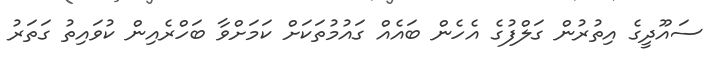
ސައޫދީގެ އިތުރުން ގަލްފުގެ އެހެން ބައެއް ގައުމުތަކަށް ކަމަށްވާ ބަހްރެއިން ކުވައިތު ގަތަރު